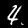
Label: 4